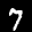
Label: 7